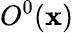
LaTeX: O^{0}(\mathbf{x})